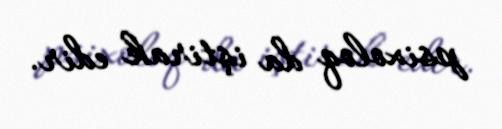
psixoloq da iştirak edir.